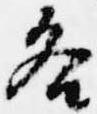
各